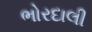
ભોરદાલી